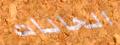
الحانات